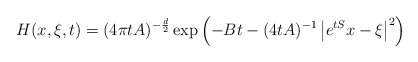
\begin{align*} H(x,\xi,t)=(4\pi t A)^{-\frac{d}{2}}\exp\left(-Bt-(4tA)^{-1}\left|e^{tS}x-\xi\right|^2\right)\end{align*}